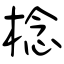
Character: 棯